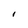
Character: 1